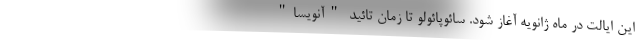
این ایالت در ماه ژانویه آغاز شود. سائوپائولو تا زمان تائید "آنویسا"